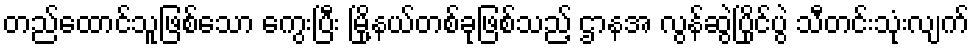
တည်ထောင်သူဖြစ်သော ကွေးပြီး မြို့နယ်တစ်ခုဖြစ်သည့် ဌာနအ လွန်ဆွဲပြိုင်ပွဲ သီတင်းသုံးလျက်